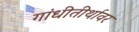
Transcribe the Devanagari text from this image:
गांधीतीर्थावर